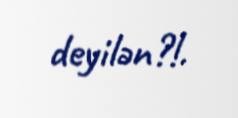
deyilən?!.